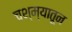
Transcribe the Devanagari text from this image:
चश्म्यातून